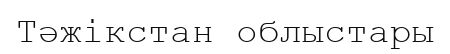
Тәжікстан облыстары